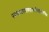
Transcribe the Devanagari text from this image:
पदवाक्यप्रमाणपारावरीणजरन्नैयायिक